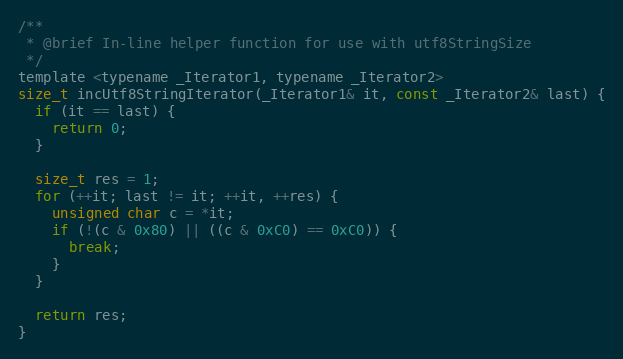
Language: C
/**
 * @brief In-line helper function for use with utf8StringSize
 */
template <typename _Iterator1, typename _Iterator2>
size_t incUtf8StringIterator(_Iterator1& it, const _Iterator2& last) {
  if (it == last) {
    return 0;
  }

  size_t res = 1;
  for (++it; last != it; ++it, ++res) {
    unsigned char c = *it;
    if (!(c & 0x80) || ((c & 0xC0) == 0xC0)) {
      break;
    }
  }

  return res;
}